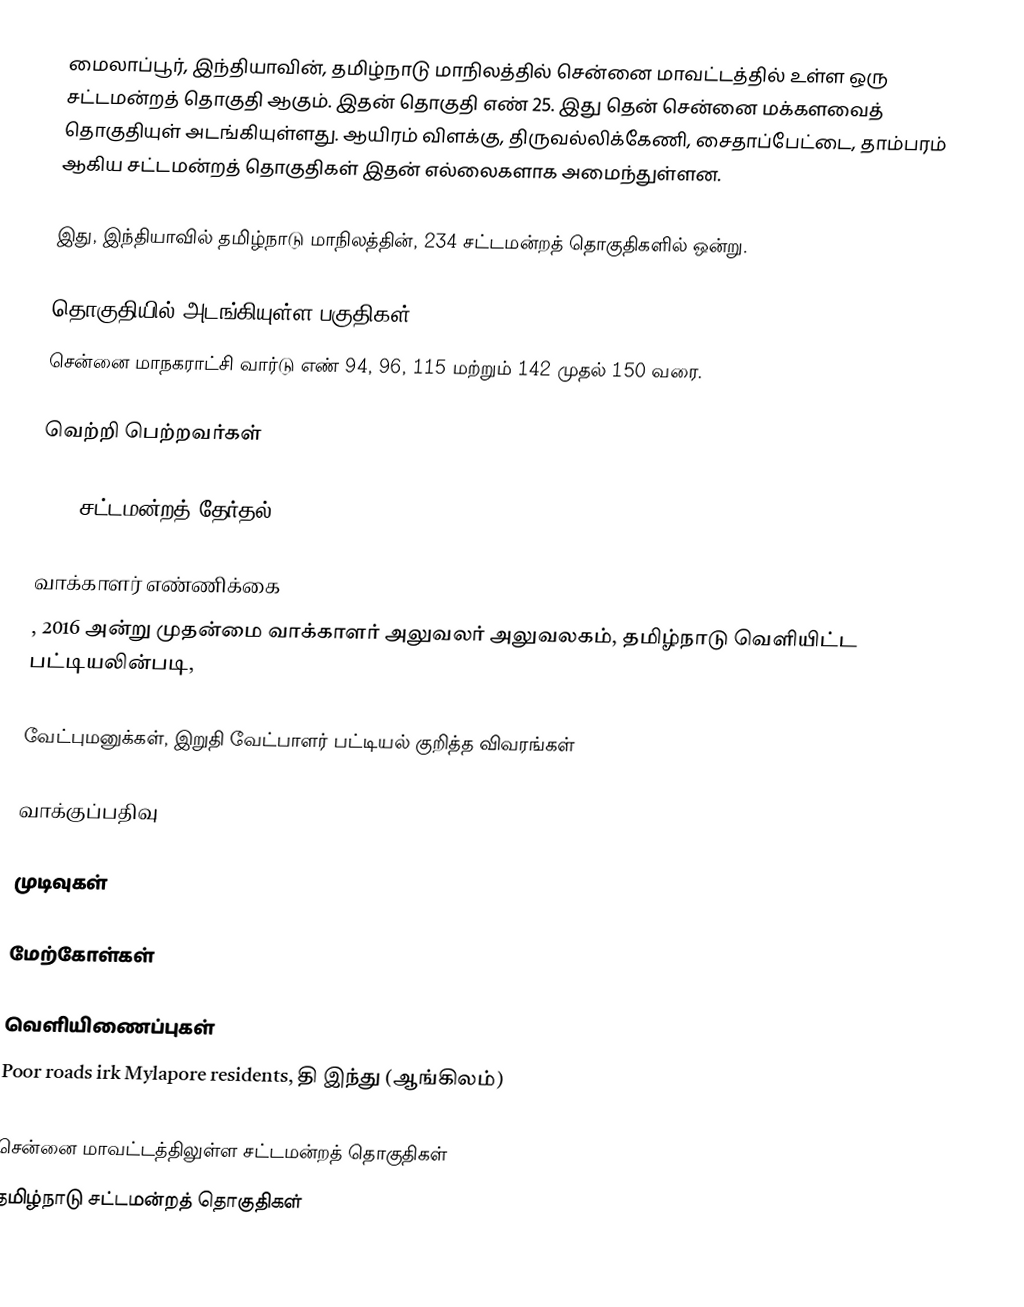
மைலாப்பூர், இந்தியாவின், தமிழ்நாடு மாநிலத்தில்  சென்னை மாவட்டத்தில் உள்ள ஒரு சட்டமன்றத் தொகுதி ஆகும். இதன் தொகுதி எண் 25. இது தென் சென்னை மக்களவைத் தொகுதியுள் அடங்கியுள்ளது. ஆயிரம் விளக்கு, திருவல்லிக்கேணி, சைதாப்பேட்டை, தாம்பரம் ஆகிய சட்டமன்றத் தொகுதிகள் இதன் எல்லைகளாக அமைந்துள்ளன.

இது, இந்தியாவில் தமிழ்நாடு மாநிலத்தின், 234 சட்டமன்றத் தொகுதிகளில் ஒன்று.

தொகுதியில் அடங்கியுள்ள பகுதிகள்
சென்னை மாநகராட்சி வார்டு எண் 94, 96, 115 மற்றும் 142 முதல் 150 வரை.

வெற்றி பெற்றவர்கள்

2016 சட்டமன்றத் தேர்தல்

வாக்காளர் எண்ணிக்கை
, 2016 அன்று முதன்மை வாக்காளர் அலுவலர் அலுவலகம், தமிழ்நாடு வெளியிட்ட பட்டியலின்படி,

வேட்புமனுக்கள், இறுதி வேட்பாளர் பட்டியல் குறித்த விவரங்கள்

வாக்குப்பதிவு

முடிவுகள்

மேற்கோள்கள்

வெளியிணைப்புகள்
 Poor roads irk Mylapore residents, தி இந்து (ஆங்கிலம்)

சென்னை மாவட்டத்திலுள்ள சட்டமன்றத் தொகுதிகள்
தமிழ்நாடு சட்டமன்றத் தொகுதிகள்